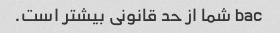
bac شما از حد قانونی بیشتر است.